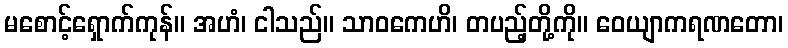
မစောင့်ရှောက်ကုန်။ အဟံ၊ ငါသည်။ သာဝကေဟိ၊ တပည့်တို့ကို။ ဝေယျာကရဏတော၊